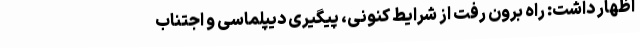
اظهار داشت: راه برون رفت از شرایط کنونی، پیگیری دیپلماسی و اجتناب